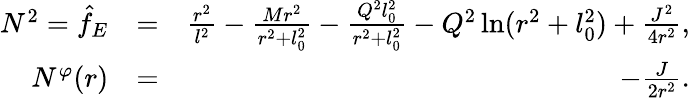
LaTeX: \begin{array}{rlr}{N^{2}=\hat{f}_{E}}&{=}&{\frac{r^{2}}{l^{2}}-\frac{Mr^{2}}{r^{2}+l_{0}^{2}}-\frac{Q^{2}l_{0}^{2}}{r^{2}+l_{0}^{2}}-Q^{2}\ln(r^{2}+l_{0}^{2})+{\frac{J^{2}}{4r^{2}}},}\\ {N^{\varphi}(r)}&{=}&{-{\frac{J}{2r^{2}}}.}\end{array}